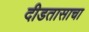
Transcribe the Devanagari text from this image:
दीडतासाचा